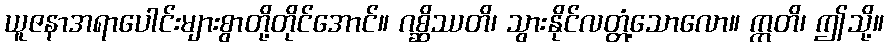
ယူဇနာအရာပေါင်းများစွာတို့တိုင်အောင်။ ဂစ္ဆိဿတိ၊ သွားနိုင်လတ္တံ့သောလော။ ဣတိ၊ ဤသို့။